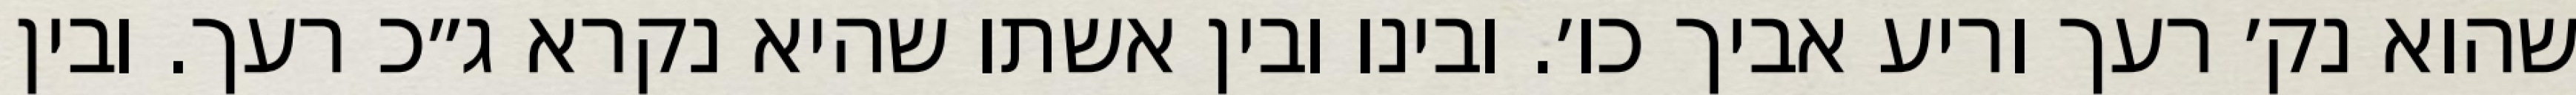
שהוא נק׳ רעך וריע אביך כו׳. ובינו ובין אשתו שהיא נקרא ג״כ רעך. ובין